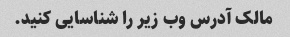
مالک آدرس وب زیر را شناسایی کنید.